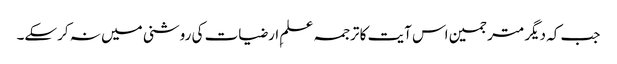
جب کہ دیگر مترجمین اس آیت کا ترجمہ علمِ ارضیات کی روشنی میں نہ کرسکے۔